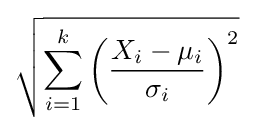
{\sqrt {\sum _{i=1}^{k}\left({\frac {X_{i}-\mu _{i}}{\sigma _{i}}}\right)^{2}}}